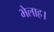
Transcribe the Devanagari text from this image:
भेलाह।